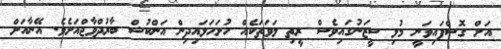
އަށް ގޮސްފައިވަނީ މުޅި ސީޒަނުގައިވެސް ރީތި ލަވަތަކެއް ހުށަހަޅައިދިން އަންކުޝް ބާރުދްވާޖްއަށެވެ. އޭނާއަށް